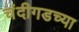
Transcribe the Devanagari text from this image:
चंदीगडच्या